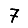
Digit: 7